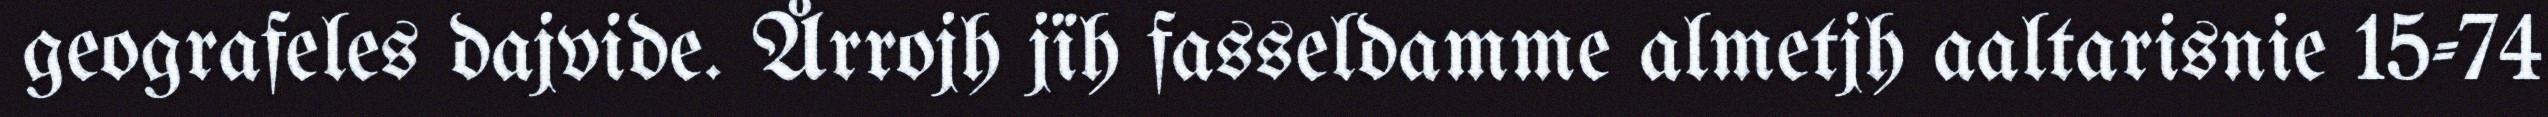
geografeles dajvide. Årrojh jïh fasseldamme almetjh aaltarisnie 15-74